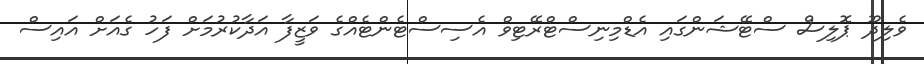
ވެލިދޫ ޕޮލިސް ސްޓޭޝަންގައި އެޑްމިނިސްޓްރޭޓިވް އެސިސްޓެންޓެއްގެ ވަޒީފާ އަދާކުރުމަށް ފަހު ގެއަށް އައިސް